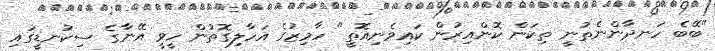
"ބޭބެ ހަނދާންނެތުނީ ތިކަން ކޮންއިރުން ކައިވެނިއޮތީ" ހާމިޒުގެ އަހާލިގޮތުން ހީވީ އޭނާގެ ސިކުނޑީގައި